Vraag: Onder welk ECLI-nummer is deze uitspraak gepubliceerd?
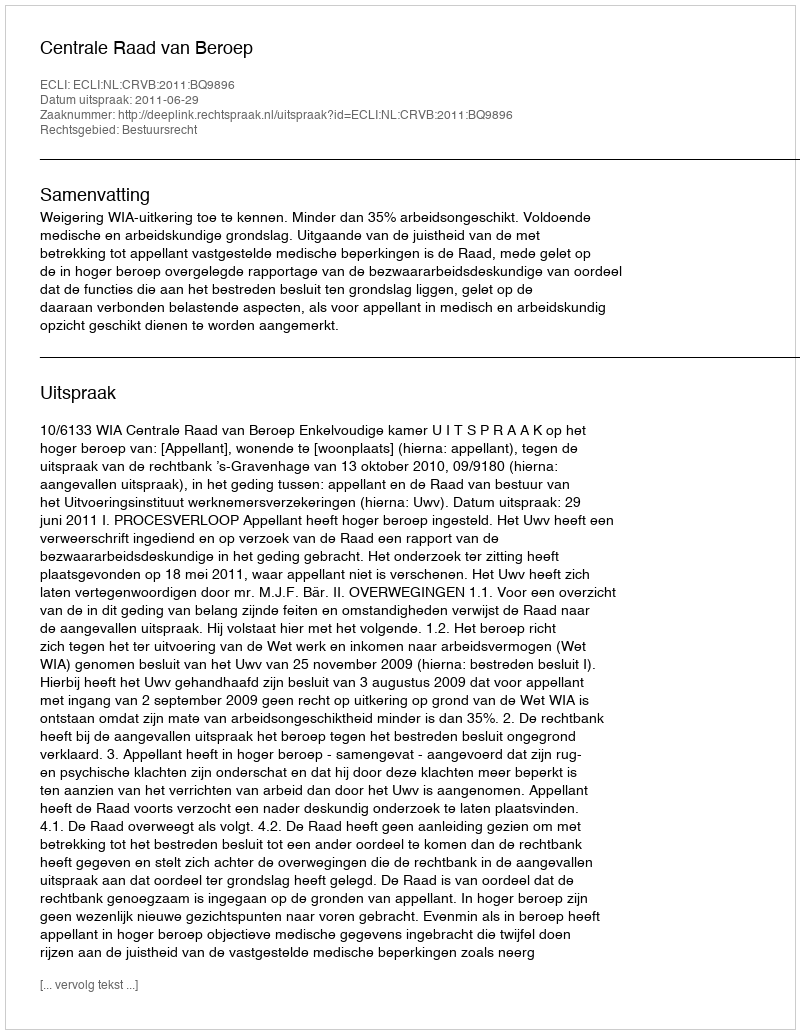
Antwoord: ECLI:NL:CRVB:2011:BQ9896